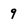
Character: 9